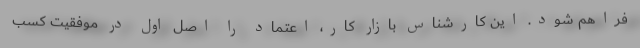
فراهم شود. این کارشناس بازار کار، اعتماد را اصل اول در موفقیت کسب